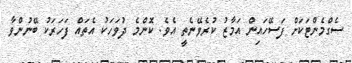
ސެގްމެންޓަކަށް ފަސޭހައިން އަމާޒު ކުރެވޭނެތީ އެވެ. ކޮންމެ ދުވަހަކު އެތައް ފަހަރަކު ބޭނުންވާ